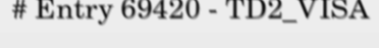
# Entry 69420 - TD2_VISA